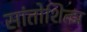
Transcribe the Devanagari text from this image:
सांतोशित्झ